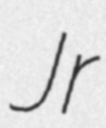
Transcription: Jr